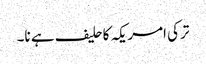
ترکی امریکہ کاحلیف ہے نا۔